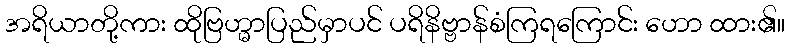
အရိယာတို့ကား ထိုဗြဟ္မာပြည်မှာပင် ပရိနိဗ္ဗာန်စံကြရကြောင်း ဟော ထား၏။